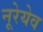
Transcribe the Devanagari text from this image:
नूरेयेव